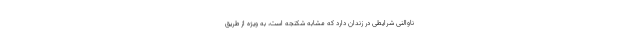
ناوالنی شرایطی در زندان دارد که مشابه شکنجه است، به ویژه از طریق